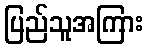
ပြည်သူအကြား